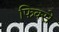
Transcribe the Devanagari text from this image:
फिक्से